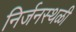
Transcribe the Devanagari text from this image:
निर्जनस्थळी